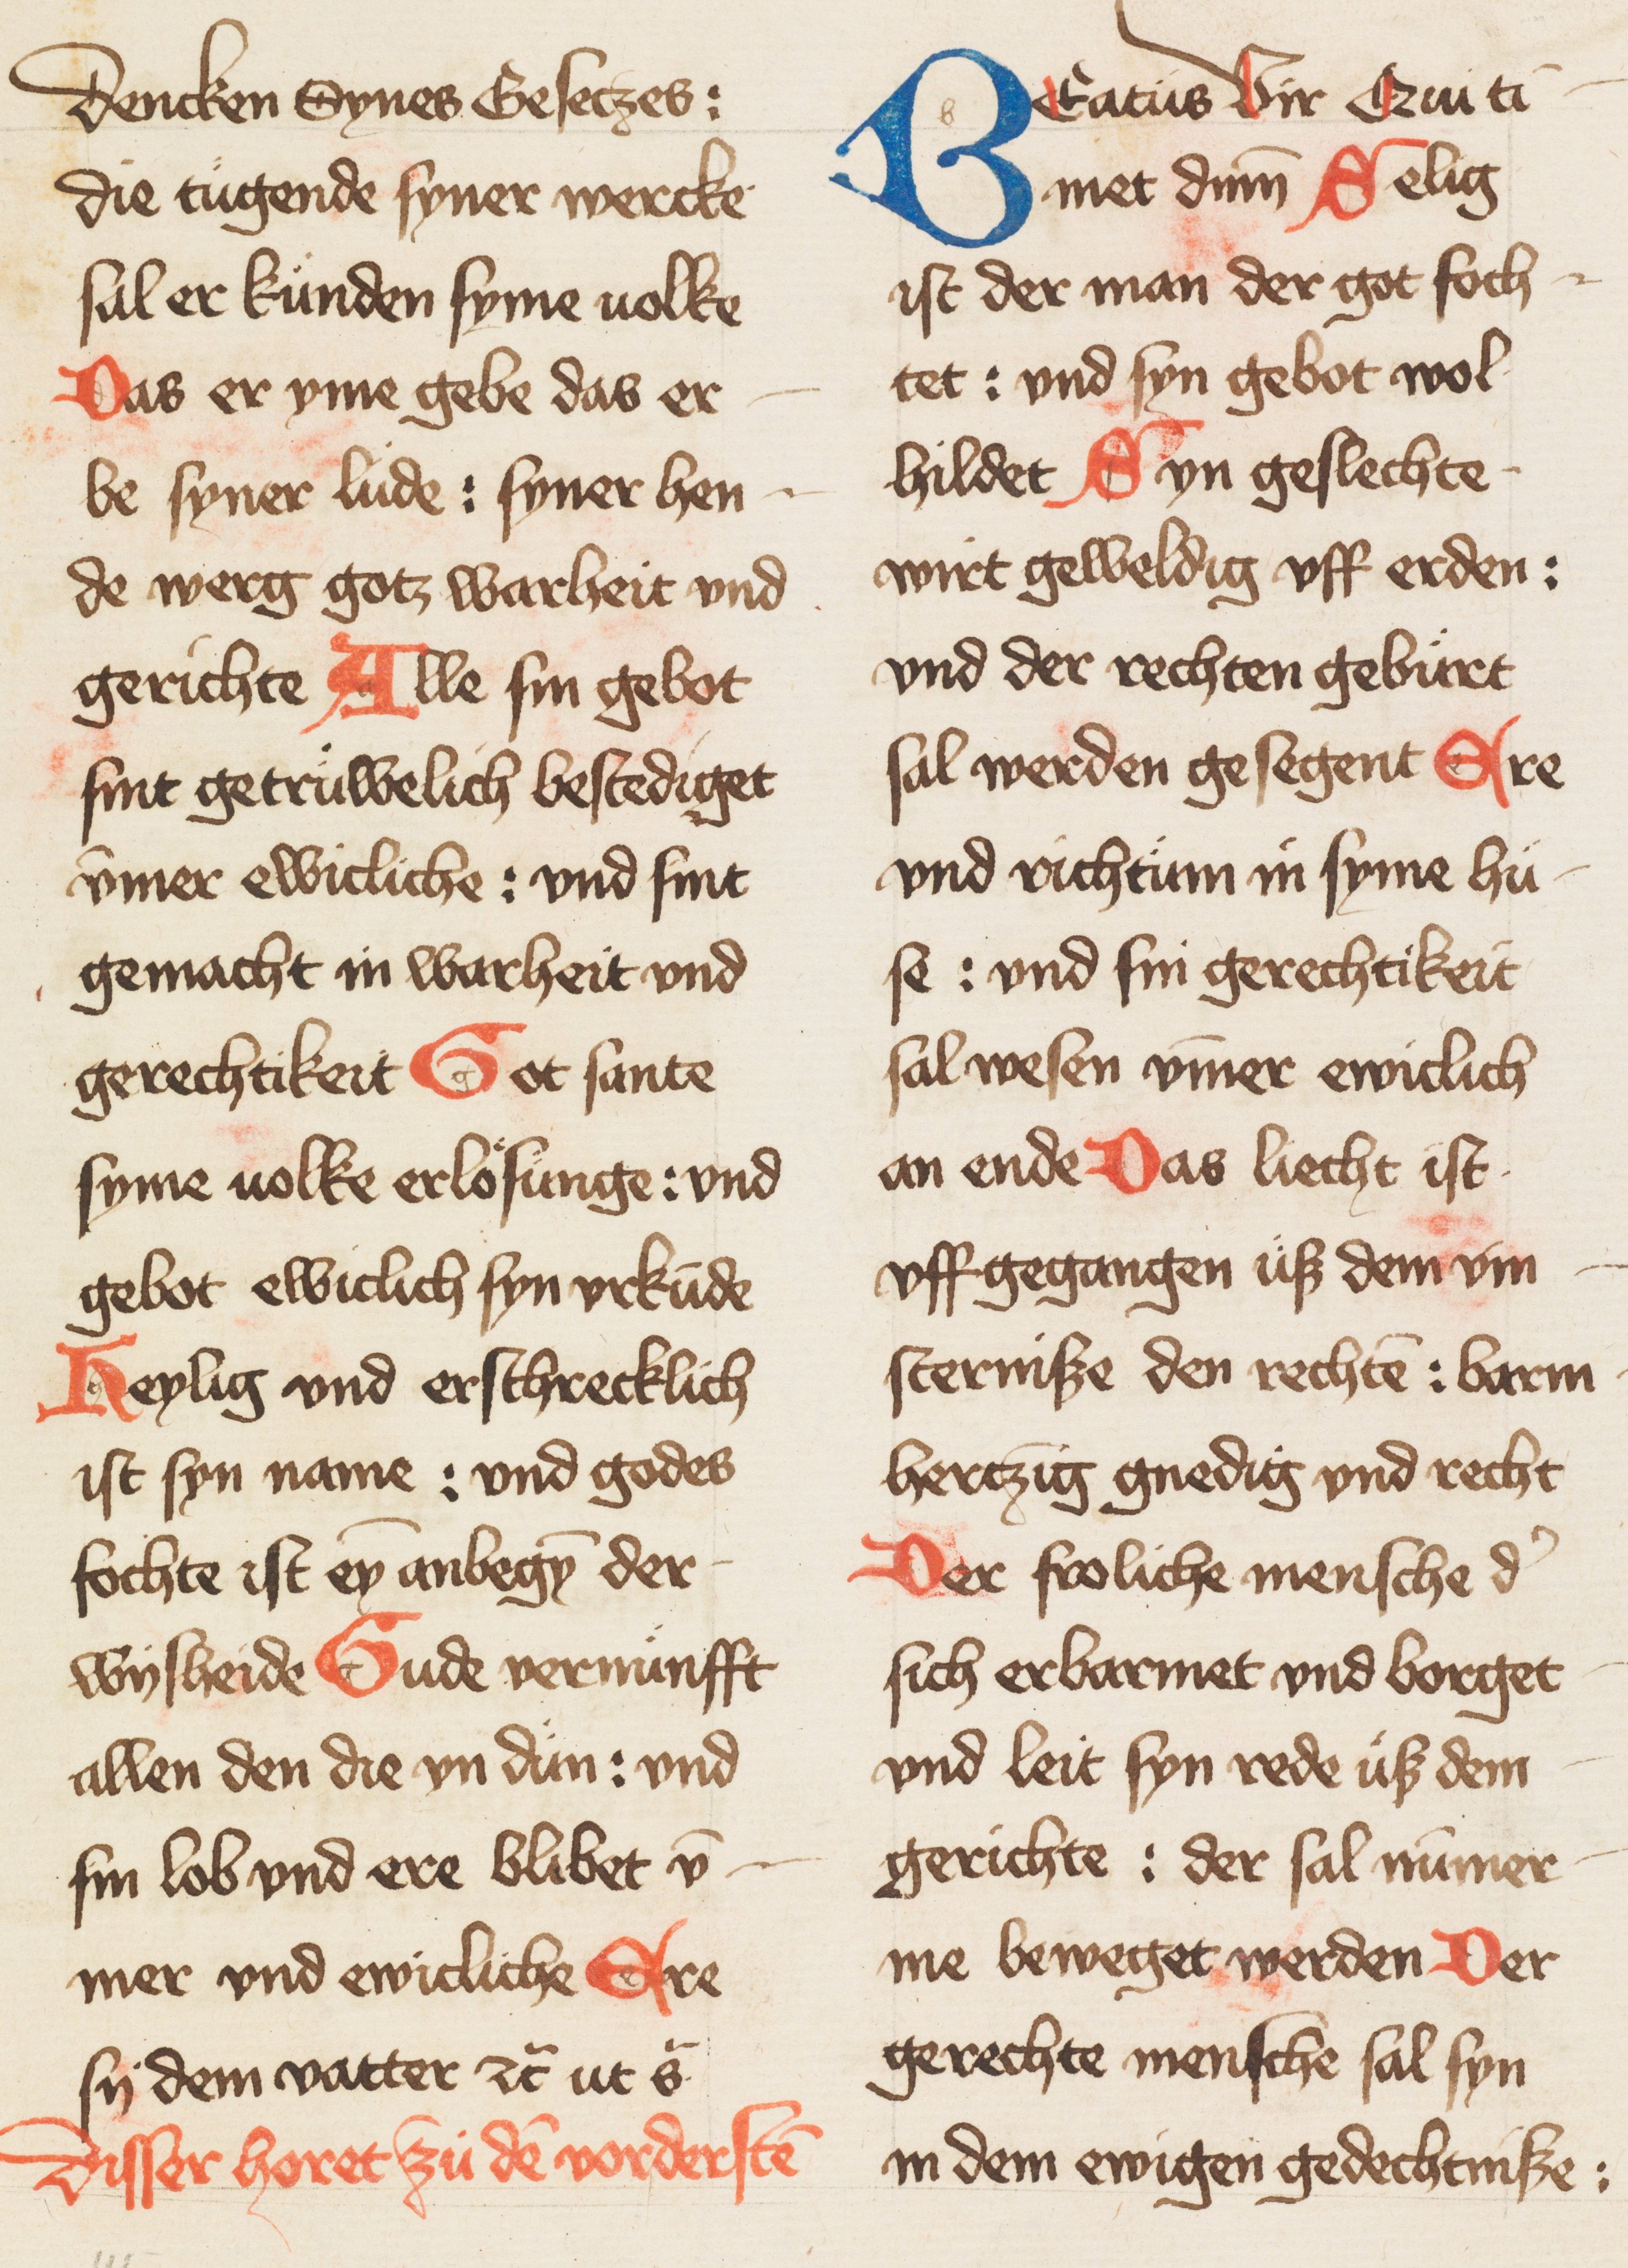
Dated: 1400–1424